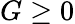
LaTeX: G\geq 0